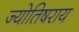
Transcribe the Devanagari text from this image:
ज्योतिषराय